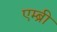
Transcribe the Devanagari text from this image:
एम्ब्री